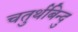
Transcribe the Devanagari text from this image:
चतुर्थबिन्दु